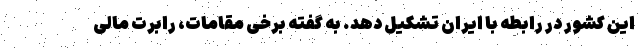
این کشور در رابطه با ایران تشکیل دهد. به گفته برخی مقامات، رابرت مالی